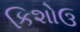
કિશોઉ